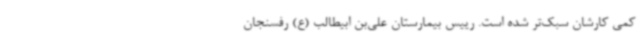
کمی کارشان سبک‌تر شده است. رییس بیمارستان علی‌بن ابیطالب (ع) رفسنجان